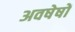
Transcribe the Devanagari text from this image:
अवषेषों